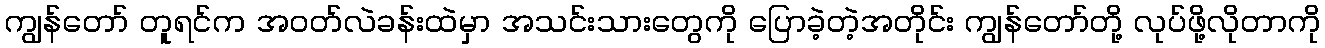
ကျွန်တော် တူရင်က အဝတ်လဲခန်းထဲမှာ အသင်းသားတွေကို ပြောခဲ့တဲ့အတိုင်း ကျွန်တော်တို့ လုပ်ဖို့လိုတာကို